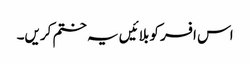
اس افسر کو بلائیں یہ ختم کریں۔